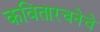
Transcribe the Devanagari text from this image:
कवितारचनेचे